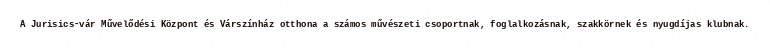
A Jurisics-vár Művelődési Központ és Várszínház otthona a számos művészeti csoportnak, foglalkozásnak, szakkörnek és nyugdíjas klubnak.